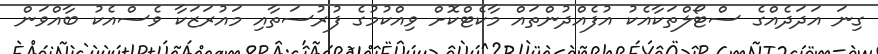
ގިނަ އަދަދެއްގެ ސްޓޯލްތަކާއެކު އުފެއްދުންތައް މާކެޓްކޮށް ވިއްކުމުގެ ފުރުސަތާއި މައުރަޒަކާ ވެސްއެކު ބާއްވަން